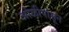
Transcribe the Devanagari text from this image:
ओळीपासून